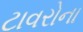
ટાવરોના